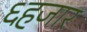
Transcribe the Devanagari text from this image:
६हजार